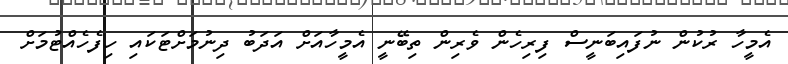
އެމީހާ ރުކުން ނުފައިބަނީސް ފިރިހެން ވެރިން ތިބޭނީ އެމީހާއަށް އަދަބު ދިނުމަށްޓަކައި ހިފެހެއްޓުމަށް